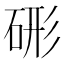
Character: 𥒱